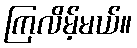
ကြလိမ့်မယ်။